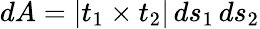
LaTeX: dA=|t_{1}\times t_{2}|\, ds_{1}\, ds_{2}